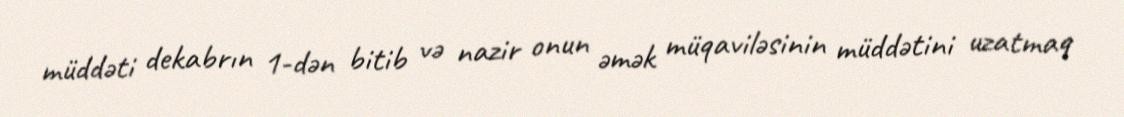
müddəti dekabrın 1-dən bitib və nazir onun əmək müqaviləsinin müddətini uzatmaq